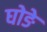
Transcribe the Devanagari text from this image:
घोङे